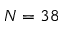
N = 3 8